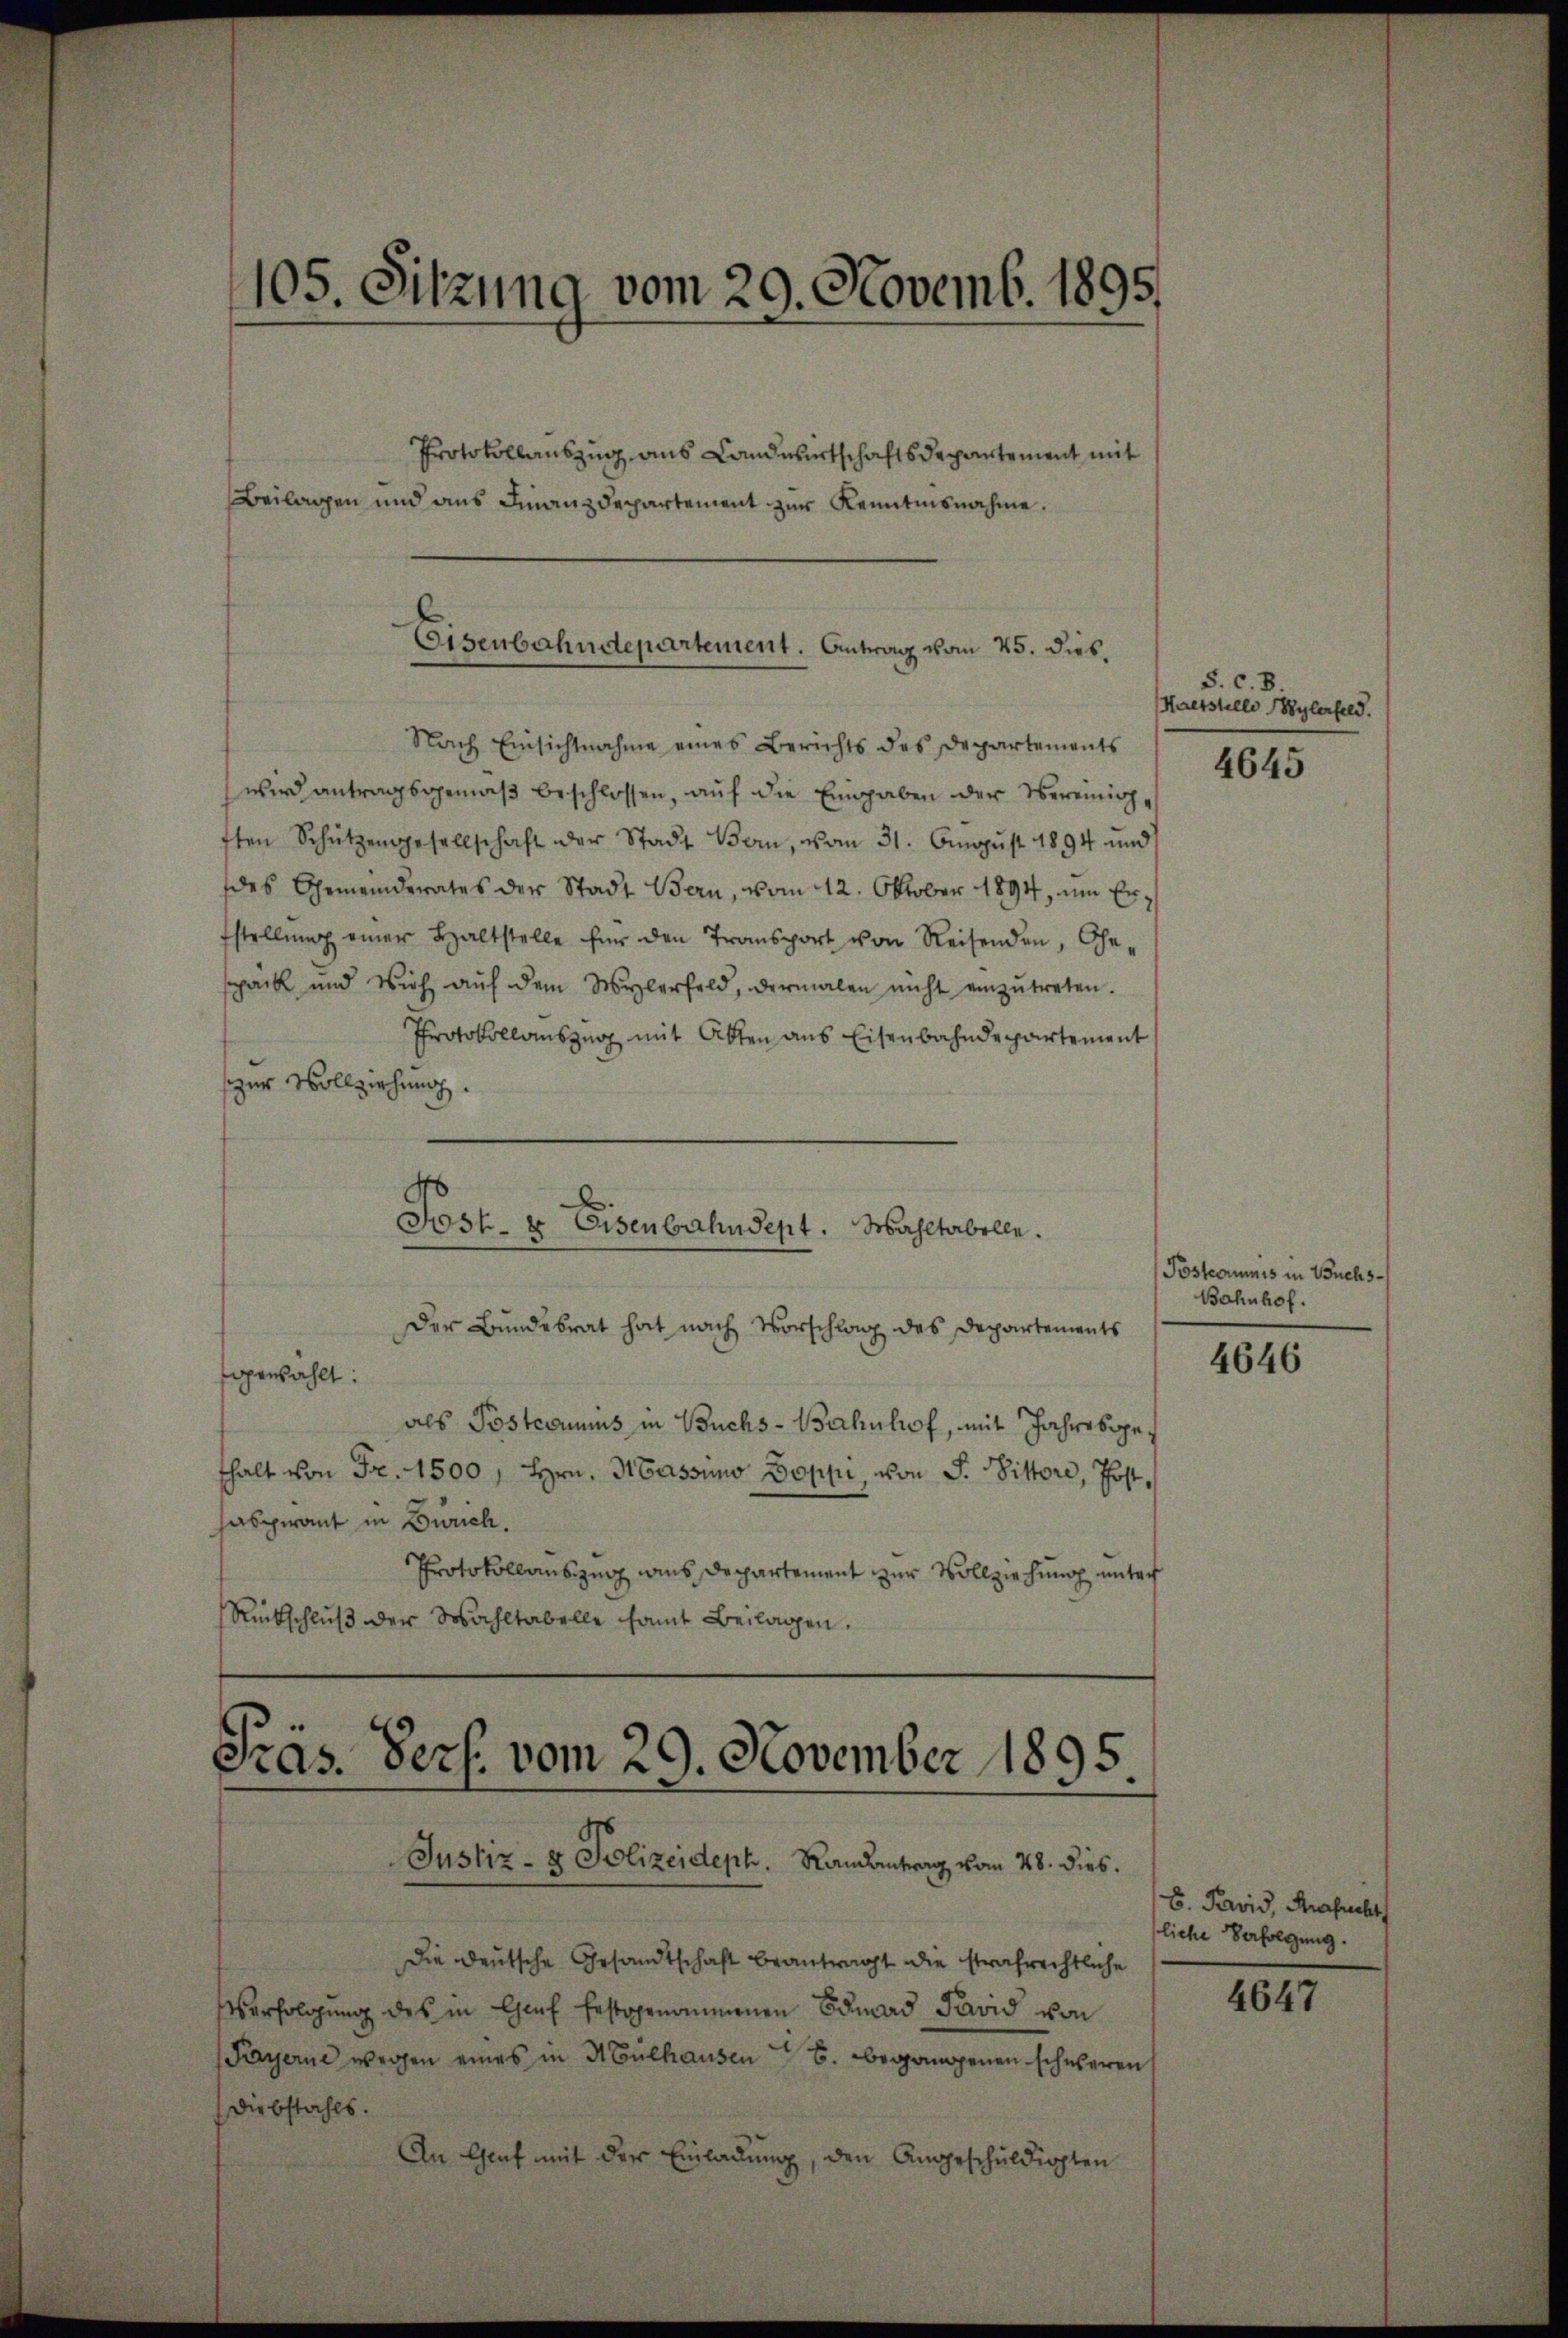
105. Sitzung vom 29. Novemb. 1895.

Protokollauszug aus Landwirtschaftsdepartement mit
Beilagen und aus Finanzdepartement zur Kenntnisnahme.

Eisenbahndepartement. Antrag vom 25. Dieb¬

Nach Einsichtnahme eines Berichts des Departements
wird antragsgemäβ beschlossen, aŭf die Eingaben der Vereinigften Schützengesellschaft der Stadt Bern, vom 31. Aŭgŭst 1894 und
des Gemeinderates der Stadt Bern, vom 12. Oktober 1894, um Erfstellŭng einer Haltstelle für den Transport von Reisenden, Ge-
spack und Vieh aŭf dem Mylerfeld, dermalen nicht einzŭtreten.
Protokollauszug mit Akten aus Eisenbahndepartement
szer Vollziehung.
Post- & Eisenbahndept. Wahltabelle.
Der Bundesrat hat nach Vorschlag des Departements
ogenzahlt:
als Posteamus in Buchs-Bahnhof, mit Jahresgethalt von Fr. 1500, Hrn. Hassuno soppi, von F. Vittore, Post,
haspirant in Zürich.
Protokollauszug ains Departement zur Vollziehung unter
Rückschluß der Wahltabelle samt Beilagen.

Präs. Pers. vom 29. November 1895
Justiz- & Polizeideph. Randantrag vom 28. dies.

Die Deutsche Gesandtschaft beantragt die strafrechtliche
Verfolgung des in Chef festgenommenen Edmad Pavid von
Payerne wegen eines in Mülhausen B. begangenen schweren
Diebstahls.
An Graf mit der Einladung, den Angeschuldigten

S. c. 8.
Haetstelle Wylerfeld.

4645

Posteriums in Buchs¬
Bahnhof.

4646

B. Parvid, Strafrecht
liche Verfolgung.

4647